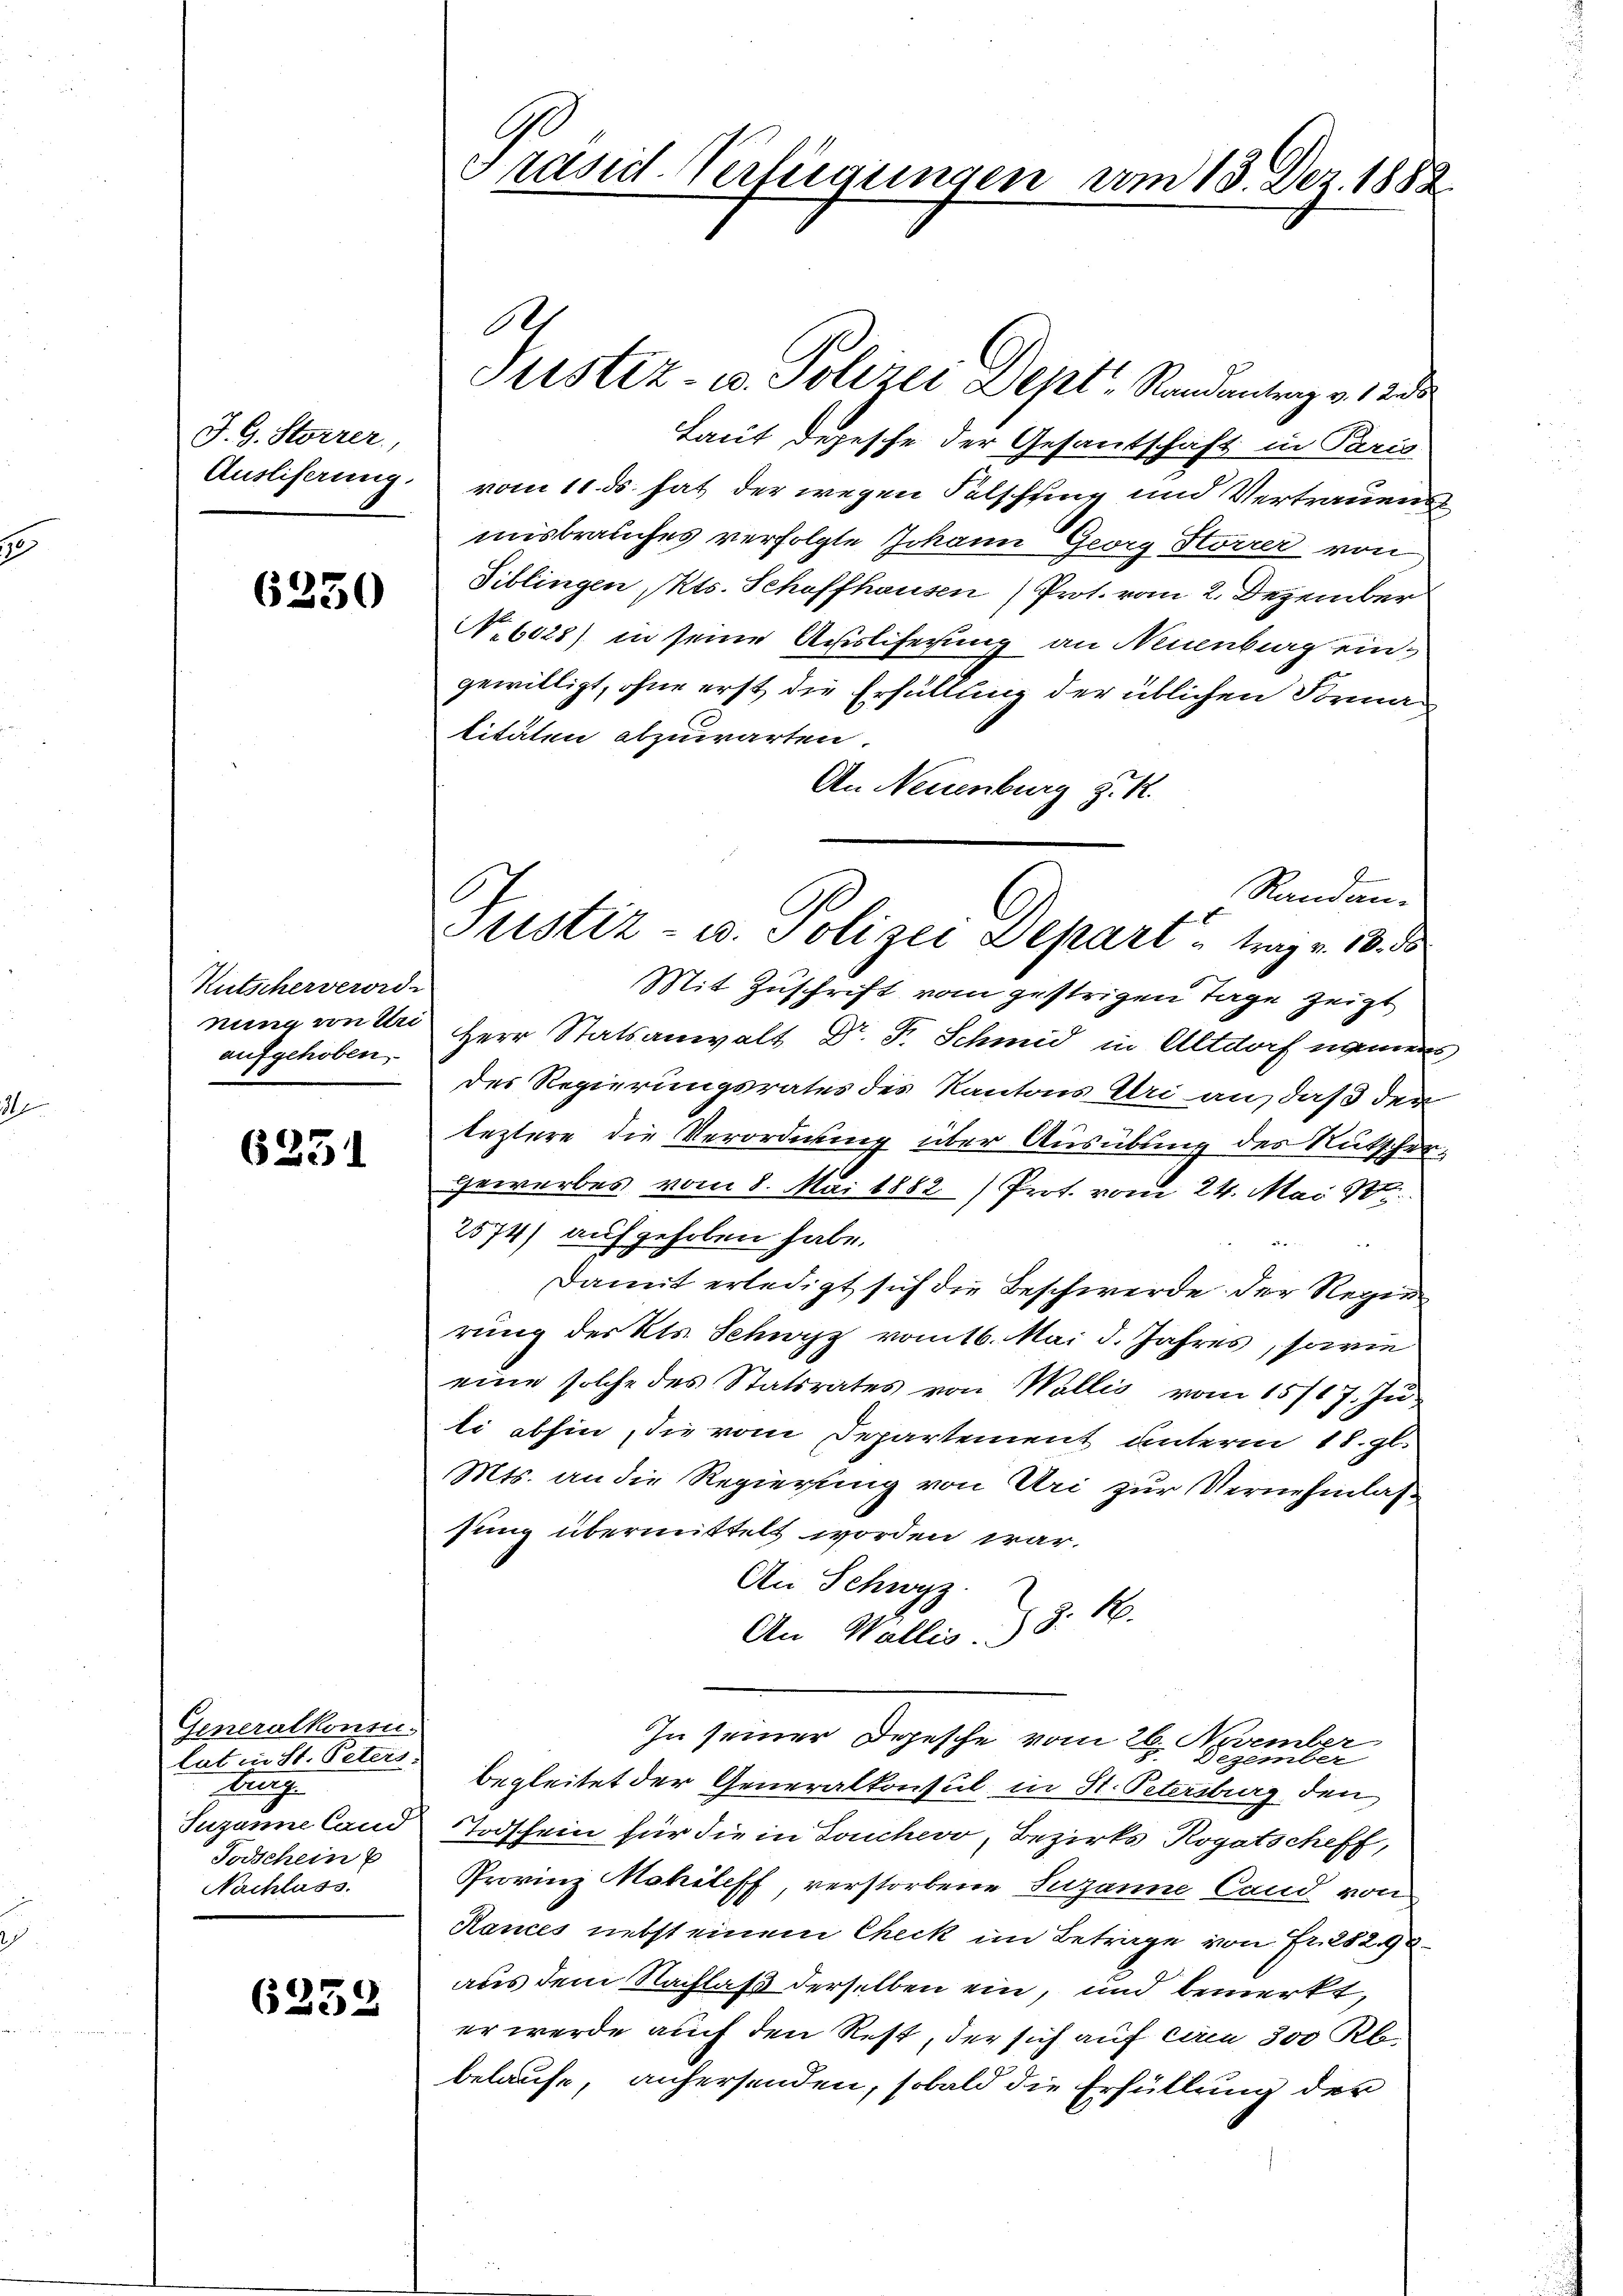
J. G. Storrer,
Ausliserung.

6250

Kutscherverord-
nung von Sei
aufgehoben.

6231

Generalkonsu
lat in St. Peters.
fung
Juzanne land
Todschein
Nachlass.

6259

G
Grasid Verfügungen

Justiz- u. Polizei Dept, Randantrag v. 123
Laut Depesche der Gesandschaft in Paris
vom 11. ds. hat der wegen Falschling und Vertrauens
misbrauches verfolgte Johann Georg Störrer von
Tiblingen Mts. Schaffhausen (Prot. vom 2. Dezember
No 6028) in seine Ausliferung an Neuenburg ein
gewilligt, ohne erst die Erfüllung der üblichen Formatitäten abzuwarten.
An Neuenburg z. R.
Mit Zuschrift vom gestrigen Tage zeigt
Herr Statsanwalt Dr. F. Schmid in Altdorf namen
des Regierungsrates des Kantons Uri an, daß der
leztere die Verordnung über Ausübung des Rutscher¬
Gewerbes vom 8. Mai 1882) Prof. vom 24. Mai 1
2574) aufgehoben habe.
Damit erledigt sich die Beschwerde der Regie
rung des Kts. Schwyz vom 16. Mai d. Jahres, sowie
eine solche des Statsrates von Wallis vom 15717. Jŭ-
ti abhin, die vom Departement unterm 18. gl.
Mts. an die Regierung von Uri zur Vernehmlassung übermittelt worden war.
An Schwyz
An Wallis . 8: 1.
In seiner Dojesche vom 26. November
Degenüber
begleitet der Generalkonsul in St. Petersburg den
Todschein für die in Douchevo, Bezirks Rogatscheff,
Provinz Mohileff verstorbene Susanne Land von
Rances nebst einem Check im Betrage von Fr. 282. 90
aus dem Nachlaß derselben ein, und bemerkt,
er werde auch den Rest, der sich auf ca 300 Rb
belaufe, anhersenden, sobald die Erfüllung der

.

Randan¬
Justiz- u. Polizei Depart trag v. 18. de

vom 13. Dez. 1882

)